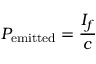
P _ { \mathrm { e m i t t e d } } = { \frac { I _ { f } } { c } }